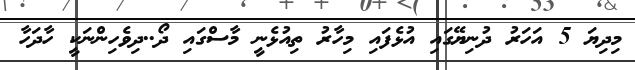
މިދިޔަ 5 އަހަރު ދުނިޔޭގައި އުޅެފައި މިހާރު ތިއުޅެނީ މާސްގައި ދޯ..ދިވެހިންނަކީ ހާދަހާ